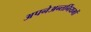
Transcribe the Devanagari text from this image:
अपनेअन्तर्नियमों